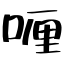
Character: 喱